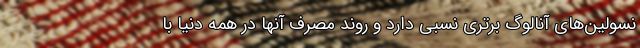
نسولین‌های آنالوگ برتری نسبی دارد و روند مصرف آنها در همه دنیا با